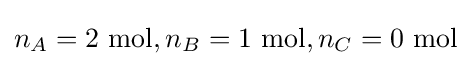
n_{A}=2\ {\text{mol}},n_{B}=1\ {\text{mol}},n_{C}=0\ {\text{mol}}